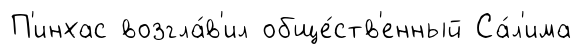
П'инхас возгла́в'ил обще́ств'енный Са́л'има